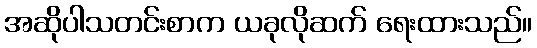
အဆိုပါသတင်းစာက ယခုလိုဆက် ရေးထားသည်။